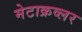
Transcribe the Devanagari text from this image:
मेटाक्रव्लर